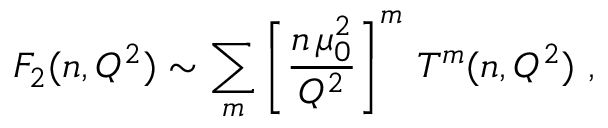
F _ { 2 } ( n , Q ^ { 2 } ) \sim \sum _ { m } \left[ \frac { n \, \mu _ { 0 } ^ { 2 } } { Q ^ { 2 } } \right] ^ { m } \, T ^ { m } ( n , Q ^ { 2 } ) \ ,